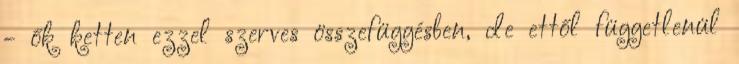
- ők ket­ten ezzel szerves összefüggésben, de ettől függetlenül